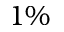
1 \%